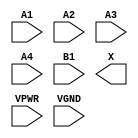
module sky130_fd_sc_hs__o41a (
    //# {{data|Data Signals}}
    input  A1  ,
    input  A2  ,
    input  A3  ,
    input  A4  ,
    input  B1  ,
    output X   ,

    //# {{power|Power}}
    input  VPWR,
    input  VGND
);
endmodule